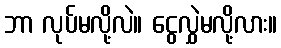
ဘာ လုပ်မလို့လဲ။ ငွေလွှဲမလို့လား။